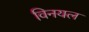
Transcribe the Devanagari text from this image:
विनयल